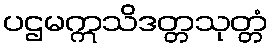
ပဌမဣသိဒတ္တသုတ္တံ